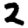
Digit: 2